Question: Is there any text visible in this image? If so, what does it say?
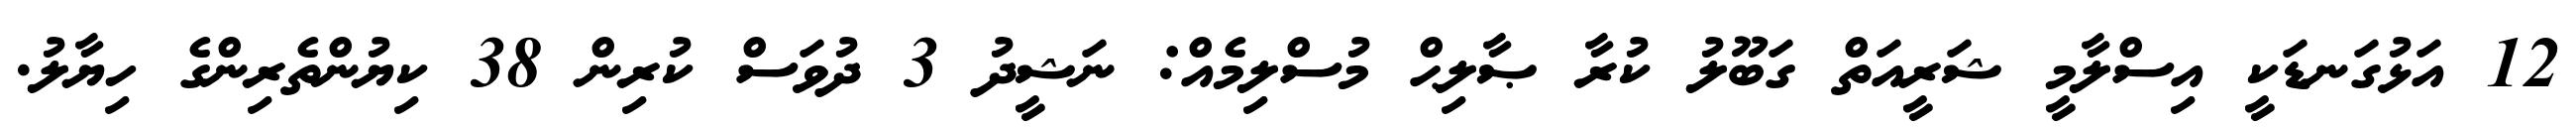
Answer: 12 އަޅުގަނޑަކީ އިސްލާމީ ޝަރީއަތް ގަބޫލު ކުރާ ޞާލިޙް މުސްލިމެއް: ނަޝީދު 3 ދުވަސް ކުރިން 38 ކިޔުންތެރިންގެ ހިޔާލު.